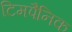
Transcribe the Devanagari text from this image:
टिमपैनिक